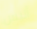
أليس